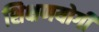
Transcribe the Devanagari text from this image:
शिक्षणयोगी